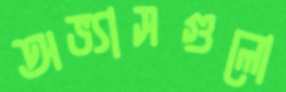
অভ্যাসগুলো